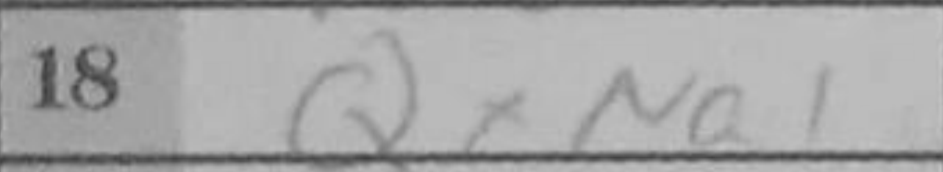
Transcription: QxNa1